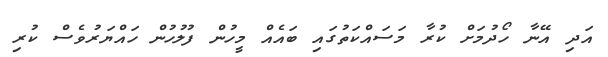
އަދި އޭނާ ހޯދުމަށް ކުރާ މަސައްކަތުގައި ބައެއް މީހުން ފުލުހުން ހައްޔަރުވެސް ކުރި